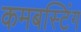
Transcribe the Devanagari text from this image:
कमबस्टिंग